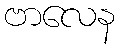
ဗာလေန